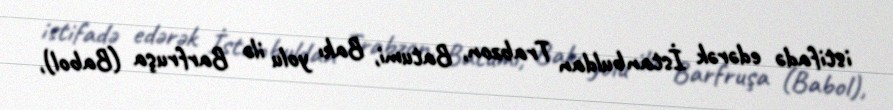
istifadə edərək İstanbuldan Trabzon, Batumi, Bakı yolu ilə Barfruşa (Babol),